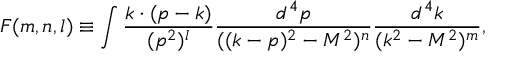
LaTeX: F ( m , n , l ) \equiv \int { \frac { k \cdot ( p - k ) } { ( p ^ { 2 } ) ^ { l } } \frac { d ^ { 4 } p } { ( ( k - p ) ^ { 2 } - M ^ { 2 } ) ^ { n } } \frac { d ^ { 4 } k } { ( k ^ { 2 } - M ^ { 2 } ) ^ { m } } } ,